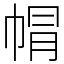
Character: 㡌